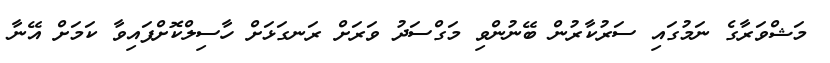
މަޝްވަރާގެ ނަމުގައި ސަރުކާރުން ބޭނުންވި މަގްސަދު ވަރަށް ރަނގަޅަށް ހާސިލްކޮށްފައިވާ ކަމަށް އޭނާ